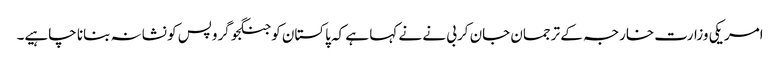
امریکی وزارت خارجہ کے ترجمان جان کربی نے نے کہا ہے کہ پاکستان کو جنگجو گروپس کو نشانہ بنانا چاہیے۔